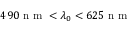
4 9 0 \mathrm { ~ n ~ m ~ } < \lambda _ { 0 } < 6 2 5 \mathrm { ~ n ~ m ~ }